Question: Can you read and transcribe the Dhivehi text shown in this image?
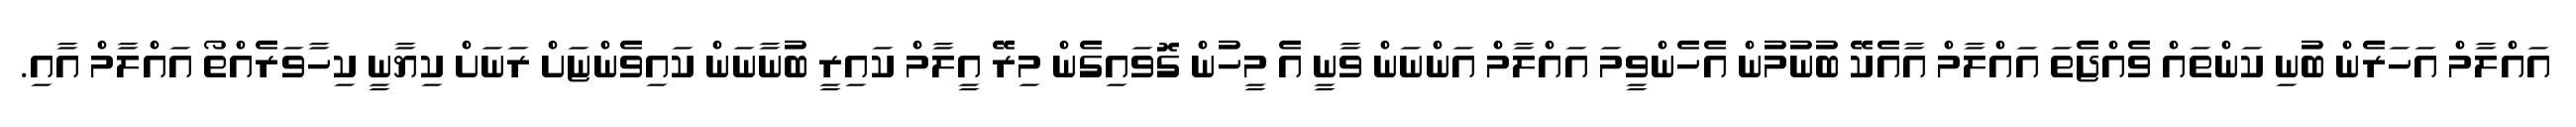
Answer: އައްލާމް އަހަރެން ބުނި ކަންތައް ވެއްޖެތަ އައްލާމް އާއެކޭ ބުނުމުން އެހެންވީމަ އައްލާމް އަންނަން ވާނީ އެ މީހުން ގޮވައިގެން މިރޭ އީލާމް ކައިރީ ބުނާނަން ކައިވެންޏަށް ރަނަށް ކިޔާނީ ކިހާވަރެއްތޯ އައްލާމް އާއި.